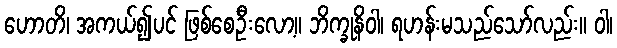
ဟောတိ၊ အကယ်၍ပင် ဖြစ်စေဦးလော့။ ဘိက္ခုနိဝါ၊ ရဟန်းမသည်သော်လည်း။ ဝါ၊